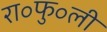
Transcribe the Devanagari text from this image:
रा॰फु॰ली